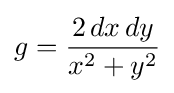
g={\frac {2\,dx\,dy}{x^{2}+y^{2}}}